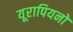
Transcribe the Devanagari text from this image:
यूरापियनों